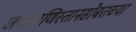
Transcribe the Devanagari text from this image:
अफगाणिस्तानसोबतच्या